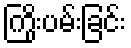
ကြိုးပမ်းခြင်း